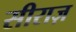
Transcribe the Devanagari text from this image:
सीराज़